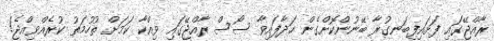
ރާއްޖޭގައި ފަށައިފިބަނގުރާ ބޭނުންކޮށްގެން ހަދާފައިވާ ސޯސް ރާއްޖޭގައި ވިއްކާ ކަމަށް ތުހުމަތު ކުރެއްވިއްޖެ!